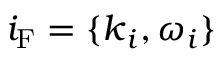
i _ { \mathrm { F } } = \{ \boldsymbol { k } _ { i } , \omega _ { i } \}